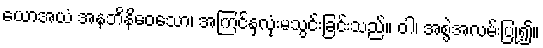
ယောအယံ အနဘိနိဝေသော၊ အကြင်နှလုံးမသွင်းခြင်းသည်။ ဝါ၊ အစွဲအလမ်းပြု၍။